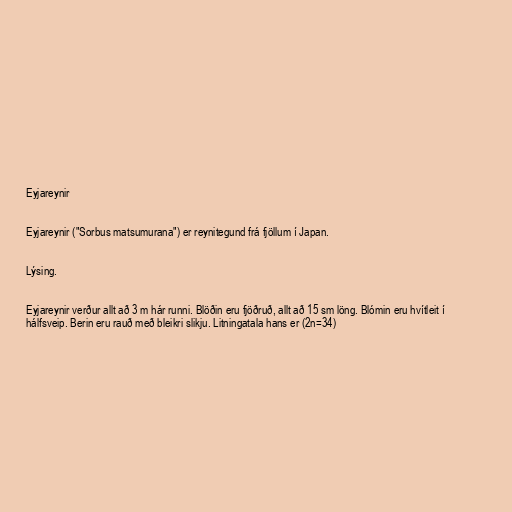
Eyjareynir

Eyjareynir ("Sorbus matsumurana") er reynitegund frá fjöllum í Japan.

Lýsing.

Eyjareynir verður allt að 3 m hár runni. Blöðin eru fjöðruð, allt að 15 sm löng. Blómin eru hvítleit í
hálfsveip. Berin eru rauð með bleikri slikju. Litningatala hans er (2n=34)